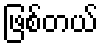
ဖြစ်တယ်